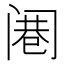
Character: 𲉁